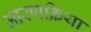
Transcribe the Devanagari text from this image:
जारणक्रिया